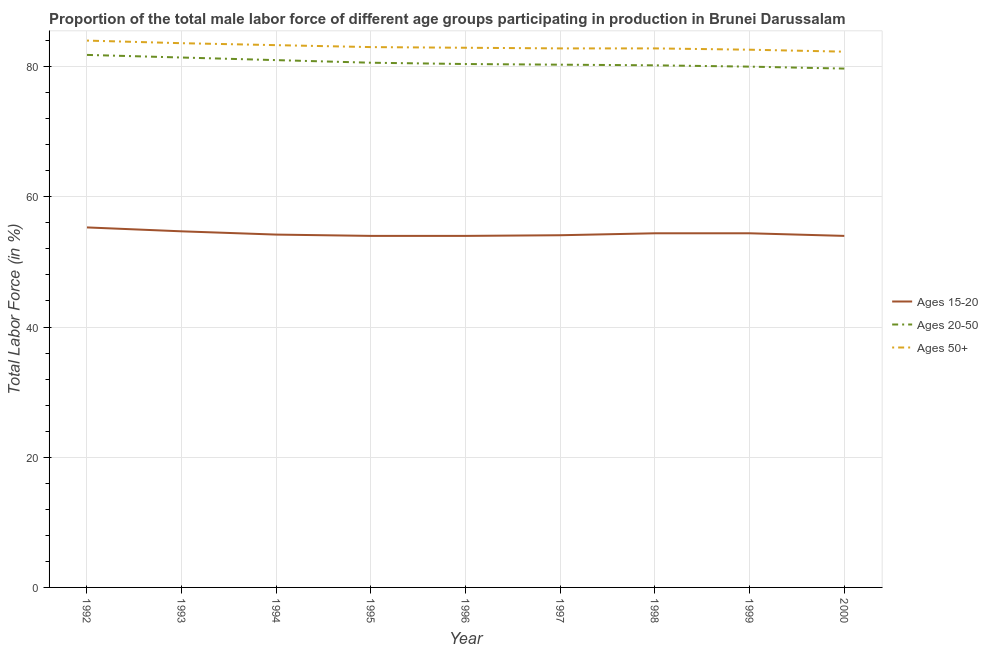
| Year | Ages 15-20 | Ages 20-50 | Ages 50+ |
 | --- | --- | --- | --- |
 | 1992 | 55.3 | 81.8 | 84 |
 | 1993 | 54.7 | 81.4 | 83.6 |
 | 1994 | 54.2 | 81 | 83.3 |
 | 1995 | 54 | 80.6 | 83 |
 | 1996 | 54 | 80.4 | 82.9 |
 | 1997 | 54.1 | 80.3 | 82.8 |
 | 1998 | 54.4 | 80.2 | 82.8 |
 | 1999 | 54.4 | 80 | 82.6 |
 | 2000 | 54 | 79.7 | 82.3 |